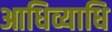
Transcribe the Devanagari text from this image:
आधिव्याधि